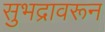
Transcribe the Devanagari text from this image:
सुभद्रावरून